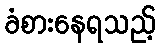
ခံစားနေရသည့်